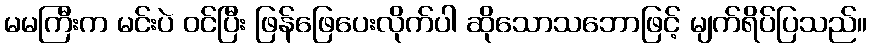
မမကြီးက မင်းပဲ ဝင်ပြီး ဖြန်ဖြေပေးလိုက်ပါ ဆိုသောသဘောဖြင့် မျက်ရိပ်ပြသည်။